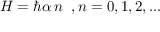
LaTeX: H = \hbar \alpha \, n \; \; , n = 0 , 1 , 2 , . . .